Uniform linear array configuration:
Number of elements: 24
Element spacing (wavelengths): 0.5
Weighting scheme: exponential
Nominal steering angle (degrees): -15
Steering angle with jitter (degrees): -14.986
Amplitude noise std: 0.05
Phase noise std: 0.05

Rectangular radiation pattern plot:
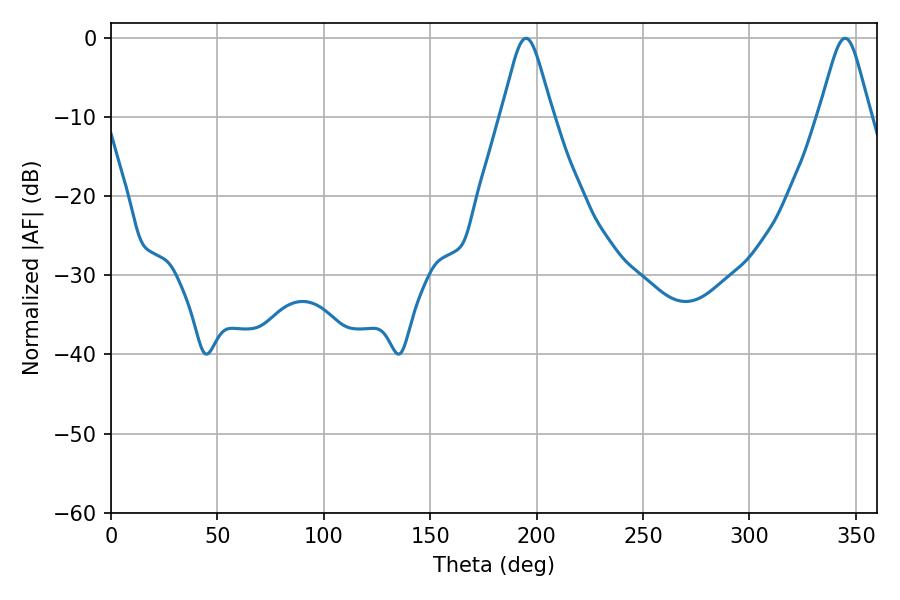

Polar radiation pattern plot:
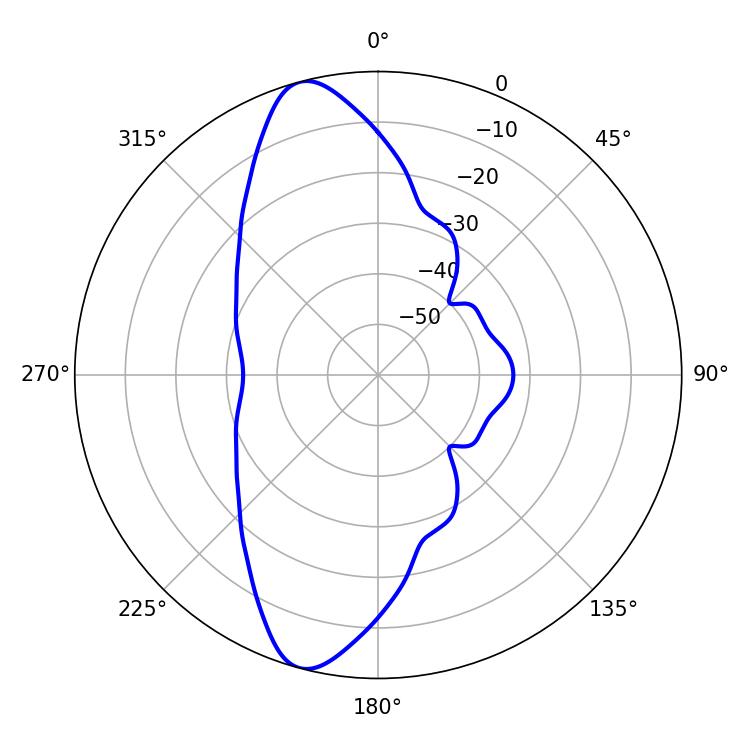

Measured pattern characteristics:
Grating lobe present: FALSE
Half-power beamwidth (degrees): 11.7
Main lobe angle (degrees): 195.12